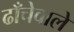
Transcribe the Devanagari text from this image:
ढाँचेवाले